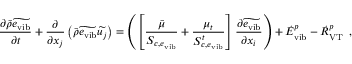
\frac { \partial \bar { \rho } \widetilde { e _ { \mathrm { v i b } } } } { \partial t } + \frac { \partial } { \partial x _ { j } } \left( \bar { \rho } \widetilde { e _ { \mathrm { v i b } } } \widetilde { u _ { j } } \right) = \left( \left[ \frac { \bar { \mu } } { S _ { c , e _ { \mathrm { v i b } } } } + \frac { \mu _ { t } } { S _ { c , e _ { \mathrm { v i b } } } ^ { t } } \right] \frac { \partial \widetilde { e _ { \mathrm { v i b } } } } { \partial x _ { i } } \right) + { \dot { E } } _ { \mathrm { v i b } } ^ { p } - { \dot { R } } _ { \mathrm { V T } } ^ { p } \, \mathrm { ~ , ~ }